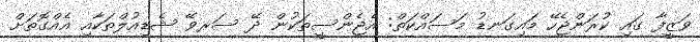
ވަޒީފާ ގައި ކުރަންޖެހޭ މައިގަނޑު މަސައްކަތް: އެޖެންސީތަކުން ދޭ ސަރވޭ ޝެޑިއުލްތަކާއި އެއްގޮތަށް